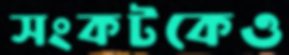
সংকটকেও